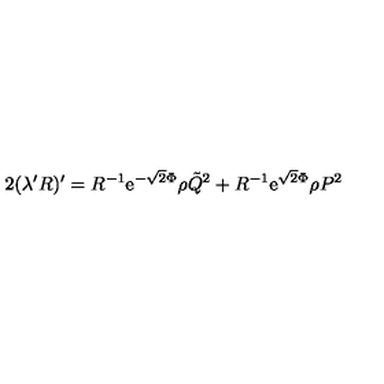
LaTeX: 2 ( \lambda ^ { \prime } R ) ^ { \prime } = R ^ { - 1 } \mathrm { e } ^ { - \sqrt { 2 } \Phi } \rho \tilde { Q } ^ { 2 } + R ^ { - 1 } \mathrm { e } ^ { \sqrt { 2 } \Phi } \rho P ^ { 2 }